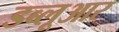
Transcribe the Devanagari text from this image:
डब्लूआर